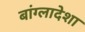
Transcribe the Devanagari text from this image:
बांग्लादेशा